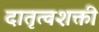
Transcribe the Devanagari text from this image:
दातृत्वशक्ती